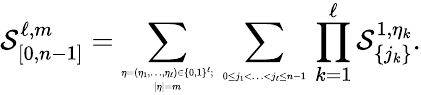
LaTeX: \mathcal{S}_{[0,n-1]}^{\ell,m}=\sum_{\tiny\begin{array}{c}{\eta=(\eta_{1},\ldots,\eta_{\ell})\in\{ 0,1\} ^{\ell};}\\ {|\eta|=m}\end{array}}\, \sum_{\tiny\begin{array}{c}{0\leq j_{1}<\ldots<j_{\ell}\leq n-1}\end{array}}\, \prod_{k=1}^{\ell}\mathcal{S}_{\{ j_{k}\} }^{1,\eta_{k}}.